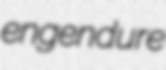
engendure